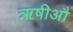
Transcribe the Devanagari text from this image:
ॠषीऔ